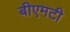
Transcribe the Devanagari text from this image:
बीएमटी